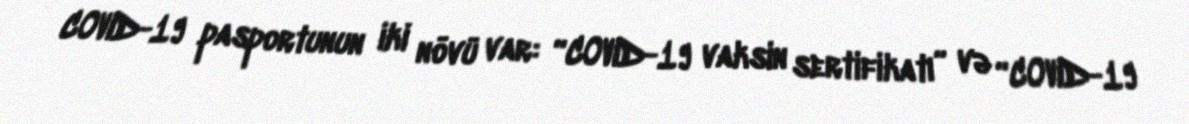
COVID-19 pasportunun iki növü var: “COVID-19 vaksin sertifikatı” və “COVID-19